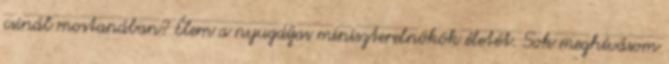
csinál mostanában? Élem a nyugdíjas miniszterelnökök életét. Sok meghívásom